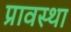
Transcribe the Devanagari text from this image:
प्रावस्‍था